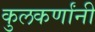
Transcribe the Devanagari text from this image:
कुलकर्णांनी